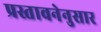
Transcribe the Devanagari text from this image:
प्रस्तावनेनुसार